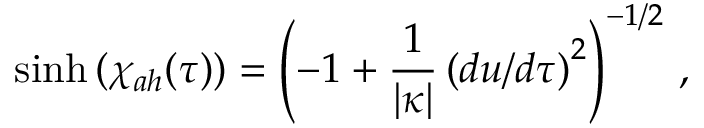
\sinh { ( \chi _ { a h } ( \tau ) ) } = \left( - 1 + { \frac { 1 } { \vert \kappa \vert } } \left( d u / d \tau \right) ^ { 2 } \right) ^ { - 1 / 2 } \, ,